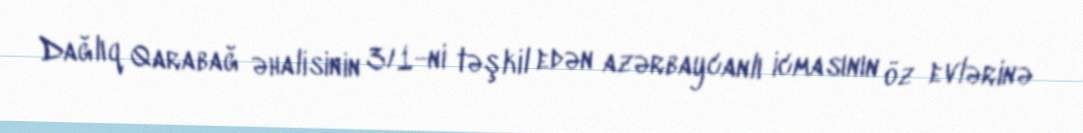
Dağlıq Qarabağ əhalisinin 3/1-ni təşkil edən azərbaycanlı icmasının öz evlərinə